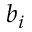
b _ { i }